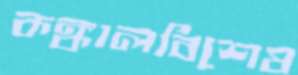
কঙ্কালবিশেষ